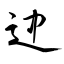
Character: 迚